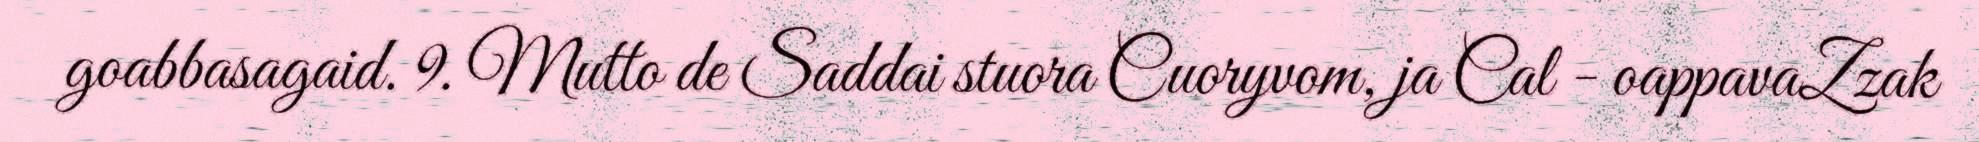
goabbasagaid. 9. Mutto de Saddai stuora Cuoryvom, ja Cal - oappavaZzak